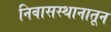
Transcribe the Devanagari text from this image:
निवासस्थानातून